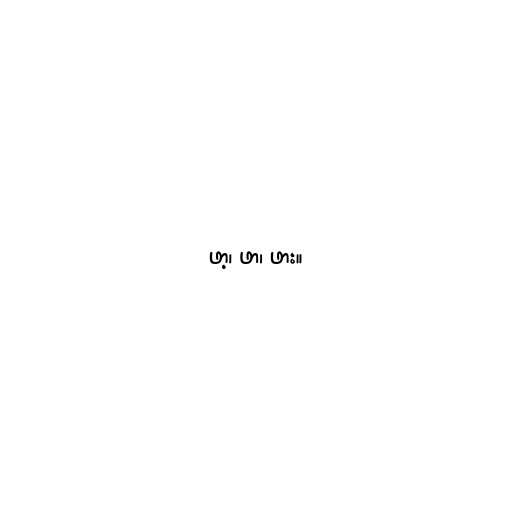
ဖာ့၊ ဖာ၊ ဖား။